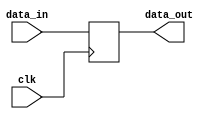
`timescale 1ns / 1ps
module Temp_Reg_B(
    input clk,
    input [31:0]data_in,
    output reg [31:0]data_out
);

    always@(posedge clk)
    begin
        data_out<=data_in;
    end

endmodule